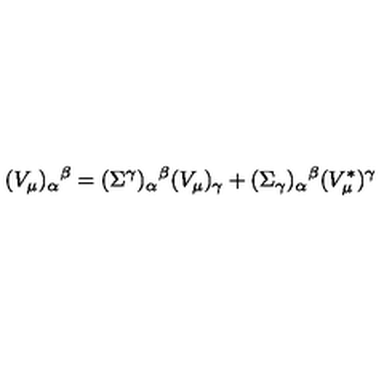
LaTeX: ( V _ { \mu } ) _ { \alpha } { } ^ { \beta } = ( \Sigma ^ { \gamma } ) _ { \alpha } { } ^ { \beta } ( V _ { \mu } ) _ { \gamma } + ( \Sigma _ { \gamma } ) _ { \alpha } { } ^ { \beta } ( V _ { \mu } ^ { * } ) ^ { \gamma }